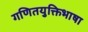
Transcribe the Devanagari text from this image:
गणितयुक्तिभाषा